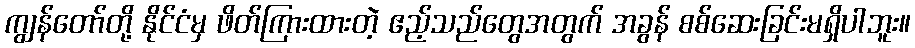
ကျွန်တော်တို့ နိုင်ငံမှ ဖိတ်ကြားထားတဲ့ ဧည့်သည်တွေအတွက် အခွန် စစ်ဆေးခြင်းမရှိပါဘူး။